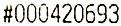
#000420693